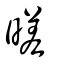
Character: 暛